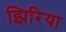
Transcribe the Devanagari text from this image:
झिरिया